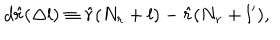
d \hat { r } ( \Delta l ) \equiv \hat { r } ( N _ { r } + l ) - \hat { r } ( N _ { r } + l ^ { \prime } ) ,